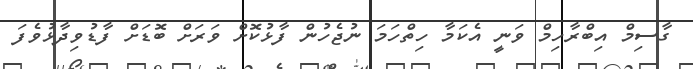
ގާސިމް އިބްރާހިމް ވަނީ އެކަމާ ހިތްހަމަ ނުޖެހުން ފާޅުކޮށް ވަރަށް ބޮޑަށް ފާޑުވިދާޅުވެފަ